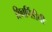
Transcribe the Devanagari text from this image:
शिवपिंडीची